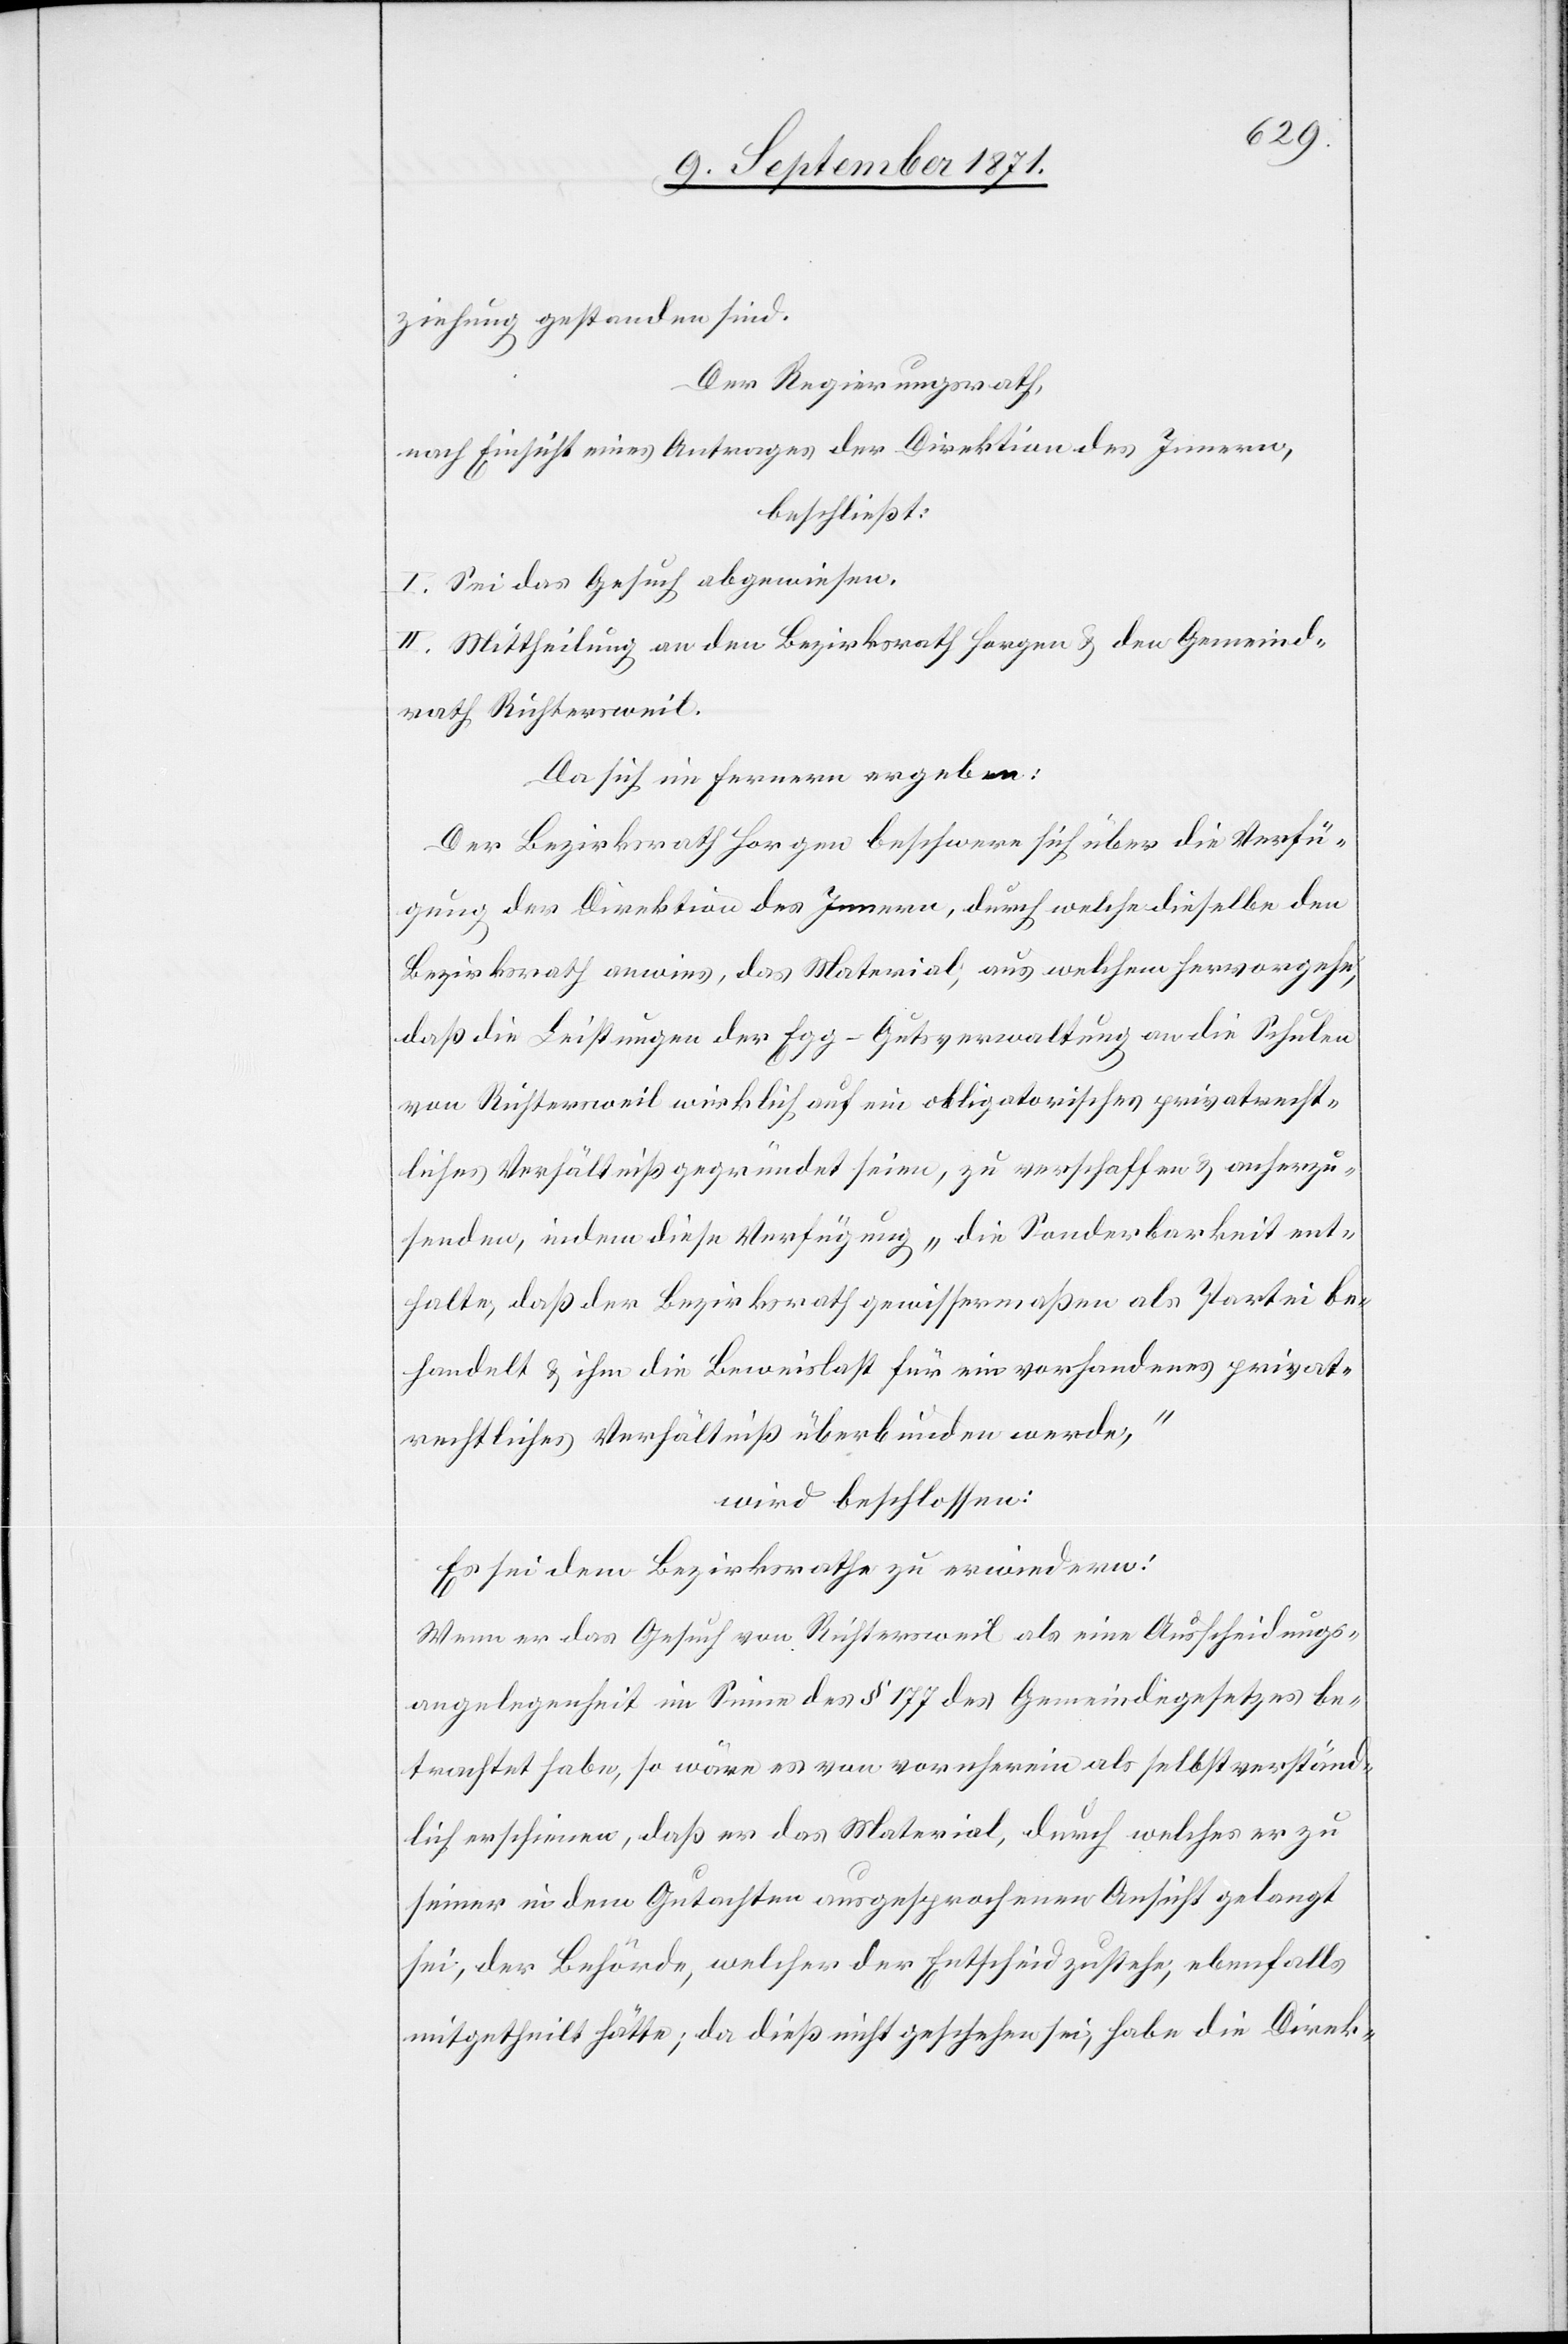
ziehung gestanden sind.
Der Regierungsrath,
nach Einsicht eines Antrages der Direktion des Innern,
beschließt:
I. Sei das Gesuch abgewiesen
II. Mittheilung an den Bezirksrath Horgen & den Gemeind¬
rath Richtersweil.
Der Bezirksrath Horgen beschwere sich über die Verfü¬
gung der Direktion des Innern, durch welche dieselbe den
Bezirksrath anwies, das Material, aus welchem hervorgehe,
daß die Leistungen der Egg-Gutsverwaltung an die Schule
von Richtersweil wirklich auf ein obligatorisches privatrecht¬
liches Verhältniß gegründet seien, zu verschaffen & anherzu¬
senden, indem diese Verfügung „die Sonderbarkeit ent¬
halte, daß der Bezirksrath gewissermaßen als Partei be¬
handelt & ihm die Beweislast für ein vorhandenes privat¬
rechtliches Verhältniß überbunden werde,“
wird beschlossen:
Es sei dem Bezirksrathe zu erwiedern:
Wenn er das Gesuch von Richtersweil als eine Ausscheidungs¬
angelegenheit im Sinne des § 177 des Gemeindegesetzes be¬
trachtet habe, so wäre es von vornherein als selbstverständ¬
lich erschienen, daß er das Material, durch welches er zu
seiner in dem Gutachten ausgesprochenen Ansicht gelangt
sei, der Behörde, welcher der Entscheid zustehe, ebenfalls
mitgetheilt hätte; da dieß nicht geschehen sei, habe die Direk-